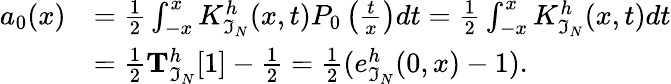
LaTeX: \begin{array}{rl}{a_{0}(x)}&{=\frac{1}{2}\int_{-x}^{x}K_{\mathfrak{I}_{N}}^{h}(x,t)P_{0}\left(\frac{t}{x}\right)dt=\frac{1}{2}\int_{-x}^{x}K_{\mathfrak{I}_{N}}^{h}(x,t)dt}\\ &{=\frac{1}{2}\mathbf{T}_{\mathfrak{I}_{N}}^{h}[1]-\frac{1}{2}=\frac{1}{2}(e_{\mathfrak{I}_{N}}^{h}(0,x)-1).}\end{array}